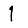
Digit: 1